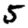
Digit: 5